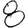
Digit: 8